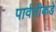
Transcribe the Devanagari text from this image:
पार्वतीकडे